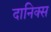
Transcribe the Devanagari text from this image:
दानिक्स